Vaccination in the Punjab 1905-1918 - 1905-1918
Year: 1905
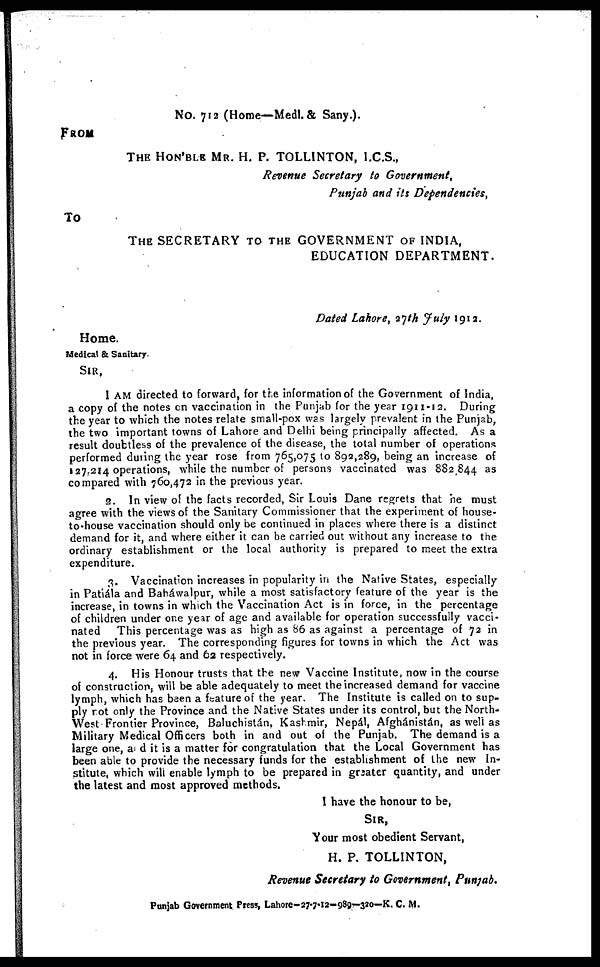
No. 712 (Home—Medl. & Sany.).
FROM
THE HON'BLE MR. H. P. TOLLINTON, I.C.S.,
Revenue Secretary to Government,
Punjab and its Dependencies,
TO
THE SECRETARY TO THE GOVERNMENT OF INDIA,
EDUCATION DEPARTMENT.
Dated Lahore, 27th July 1912.
Home.
Medical & Sanitary.
SIR,
I AM directed to forward, for the information of the Government of India,
a copy of the notes on vaccination in the Punjab for the year 1911-12. During
the year to which the notes relate small-pox was largely prevalent in the Punjab,
the two important towns of Lahore and Delhi being principally affected. As a
result doubtless of the prevalence of the disease, the total number of operations
performed during the year rose from 765,075 to 892,289, being an increase of
127,214 operations, while the number of persons vaccinated was 882,844 as
compared with 760,472 in the previous year.
2. In view of the facts recorded, Sir Louis Dane regrets that he must
agree with the views of the Sanitary Commissioner that the experiment of house-
to-house vaccination should only be continued in places where there is a distinct
demand for it, and where either it can be carried out without any increase to the
ordinary establishment or the local authority is prepared to meet the extra
expenditure.
3. Vaccination increases in popularity in the Native States, especially
in Patiála and Baháwalpur, while a most satisfactory feature of the year is the
increase, in towns in which the Vaccination Act is in force, in the percentage
of children under one year of age and available for operation successfully vacci-
nated This percentage was as high as 86 as against a percentage of 72 in
the previous year. The corresponding figures for towns in which the Act was
not in force were 64 and 62 respectively.
4. His Honour trusts that the new Vaccine Institute, now in the course
of construction, will be able adequately to meet the increased demand for vaccine
lymph, which has been a feature of the year. The Institute is called on to sup-
ply rot only the Province and the Native States under its control, but the North-
West Frontier Province, Baluchistán, Kashmir, Nepál, Afghánistán, as well as
Military Medical Officers both in and out of the Punjab. The demand is a
large one, and it is a matter for congratulation that the Local Government has
been able to provide the necessary funds for the establishment of the new In-
stitute, which will enable lymph to be prepared in greater quantity, and under
the latest and most approved methods.
I have the honour to be,
SIR,
Your most obedient Servant,
H. P. TOLLINTON,
Revenue Secretary to Government, Punjab.
Punjab Government Press, Lahore-27-7-12-989—320—K. C. M.